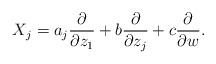
LaTeX: \begin{align*}X_j =a_j\frac{\partial}{\partial z_1}+b\frac{\partial}{\partial z_j}+c\frac{\partial}{\partial w} .\end{align*}